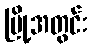
မြို့အတွင်း